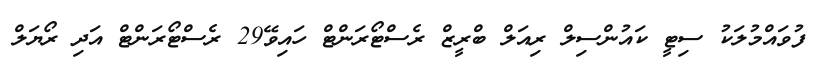
ފުވައްމުލަކު ސިޓީ ކައުންސިލް ރިއަލް ބްރީޒް ރެސްޓޯރަންޓް ހައިވޭ29 ރެސްޓޯރަންޓް އަދި ރޯޔަލް